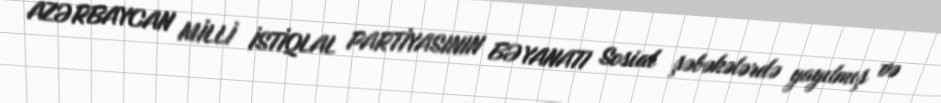
AZƏRBAYCAN MİLLİ İSTİQLAL PARTİYASININ BƏYANATI Sosial şəbəkələrdə yayılmış və